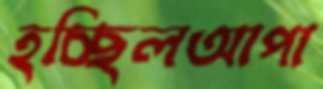
হচ্ছিলআপা